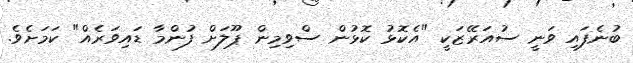
ބުނެފައި ވަނީ ސުއަރޭޒަކީ "އެކޮޅު ކޮޅުން ސްވިމިން ޕޫލަށް ފުންމާ ޑައިވަރެއް" ކަމަށެވެ.